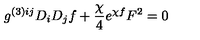
g ^ { ( 3 ) i j } D _ { i } D _ { j } f + \frac { \chi } { 4 } e ^ { \chi f } F ^ { 2 } = 0